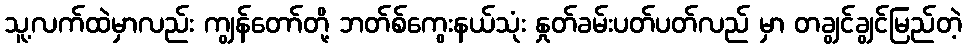
သူ့လက်ထဲမှာလည်း ကျွန်တော်တို့ ဘတ်စ်ကွေးနယ်သုံး နှုတ်ခမ်းပတ်ပတ်လည် မှာ တချွင်ချွင်မြည်တဲ့